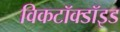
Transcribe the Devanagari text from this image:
विकटॉक्डॉइड